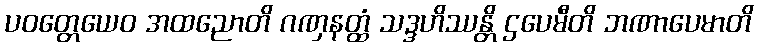
ပဝတ္တေယေဝ အထညောတိ ဂဏှနတ္ထံ သဒ္ဒဟိဿန္တိ ဌပေမီတိ ဘဏာပေမာတိ